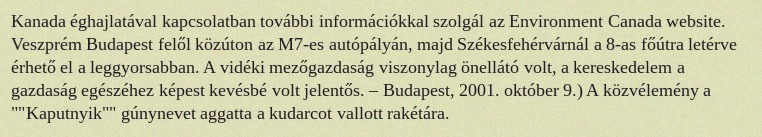
Kanada éghajlatával kapcsolatban további információkkal szolgál az Environment Canada website. Veszprém Budapest felől közúton az M7-es autópályán, majd Székesfehérvárnál a 8-as főútra letérve érhető el a leggyorsabban. A vidéki mezőgazdaság viszonylag önellátó volt, a kereskedelem a gazdaság egészéhez képest kevésbé volt jelentős. – Budapest, 2001. október 9.) A közvélemény a ""Kaputnyik"" gúnynevet aggatta a kudarcot vallott rakétára.